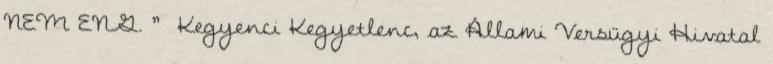
NEM ENG. ” Kegyenci Kegyetlenc, az Állami Versügyi Hivatal